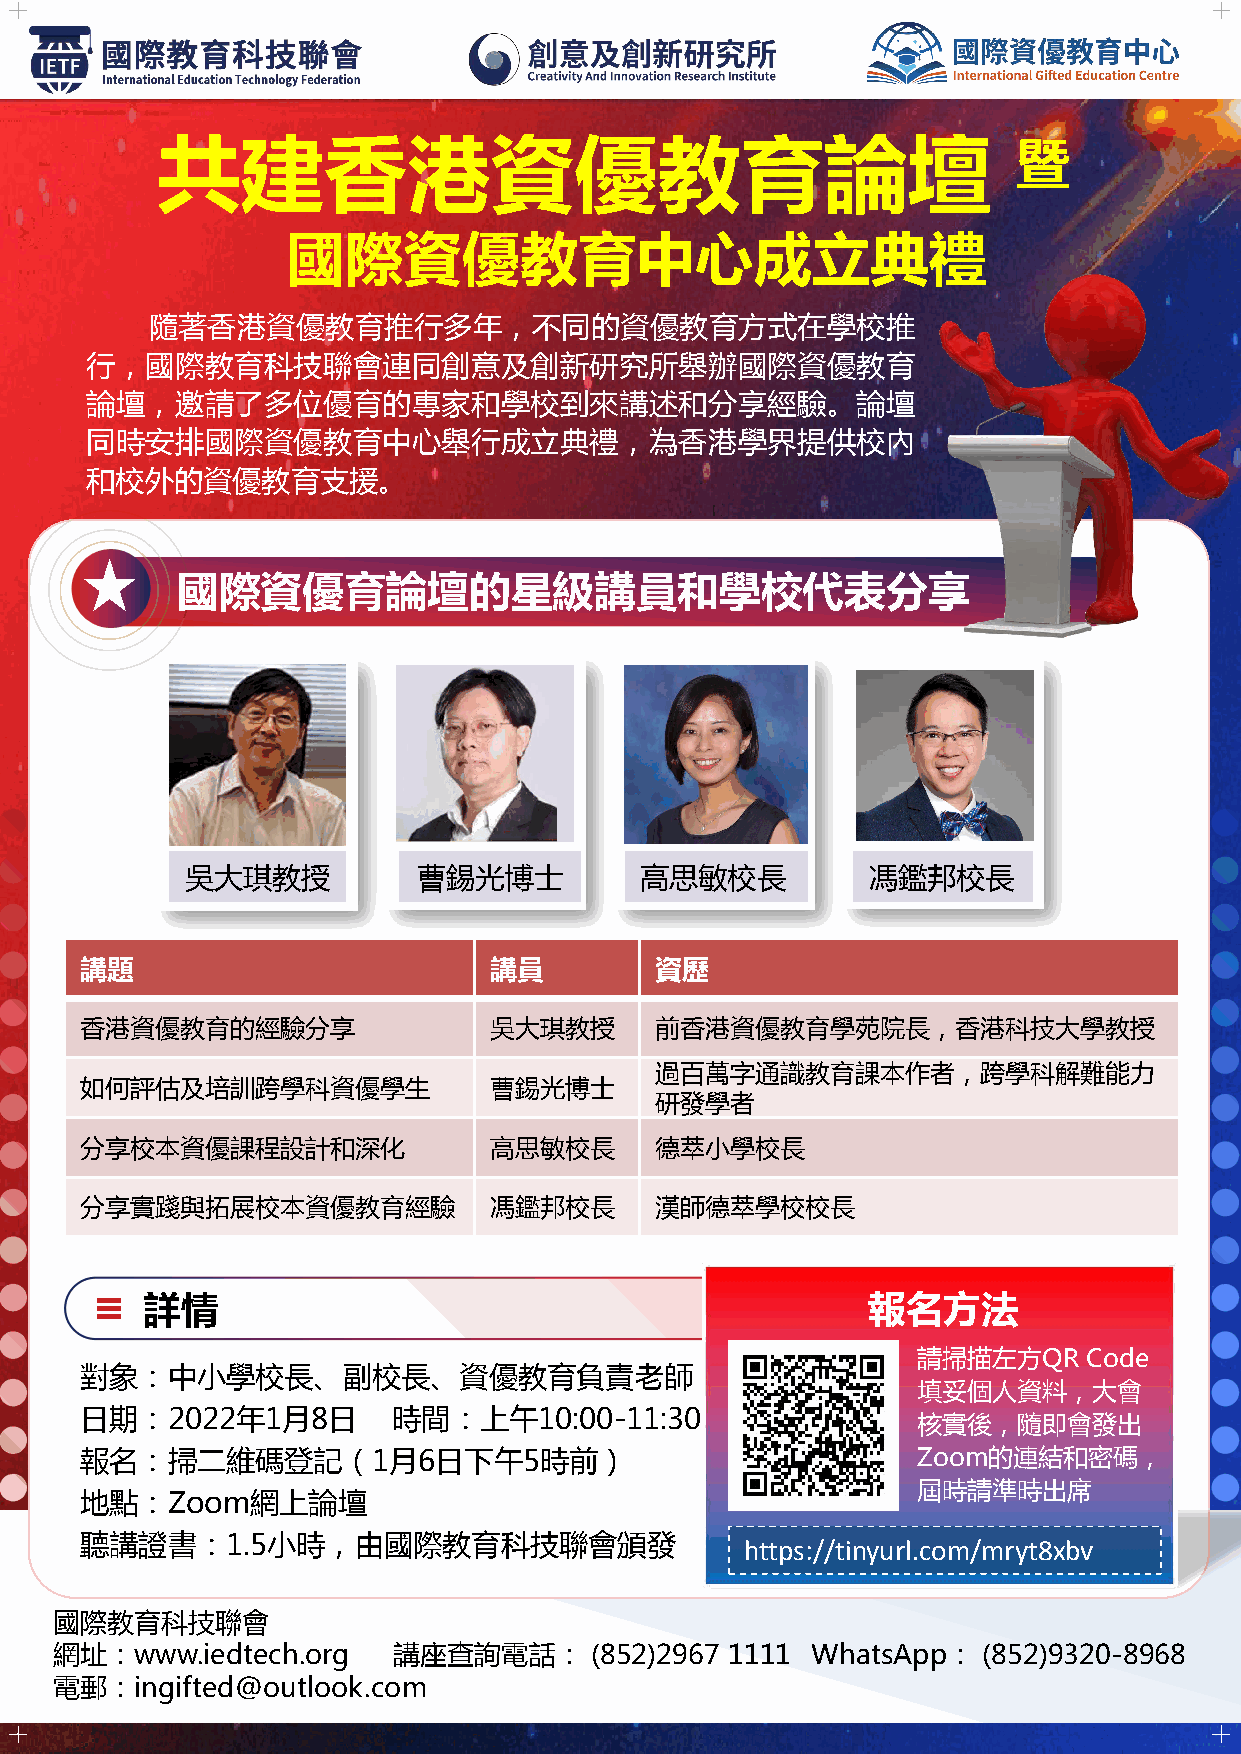
共建香港資優教育論壇                                               暨
 國際資優教育中心成立典禮
 隨著香港資優教育推行多年，不同的資優教育方式在學校推
 行，國際教育科技聯會連同創意及創新研究所舉辦國際資優教育
 論壇，邀請了多位優育的專家和學校到來講述和分享經驗。論壇
 同時安排國際資優教育中心舉行成立典禮，為香港學界提供校內
 和校外的資優教育支援。
 國際資優育論壇的星級講員和學校代表分享
 吳大琪教授           曹錫光博士         高思敏校長          馮鑑邦校長
 講題                         講員         資歷
 香港資優教育的經驗分享                吳大琪教授      前香港資優教育學苑院長，香港科技大學教授
 過百萬字通識教育課本作者，跨學科解難能力
 如何評估及培訓跨學科資優學生             曹錫光博士
 研發學者
 分享校本資優課程設計和深化              高思敏校長      德萃小學校長
 分享實踐與拓展校本資優教育經驗            馮鑑邦校長      漢師德萃學校校長
 詳情                                              報名方法
 請掃描左方QR    Code
 對象：中小學校長、副校長、資優教育負責老師
 填妥個人資料，大會
 日期：2022年1月8日         時間：上午10:00-11:30
 核實後，隨即會發出
 報名：掃二維碼登記（1月6日下午5時前）                                    Zoom的連結和密碼，
 屆時請準時出席
 地點：Zoom網上論壇
 聽講證書：1.5小時，由國際教育科技聯會頒發
 https://tinyurl.com/mryt8xbv
 國際教育科技聯會
 網址：www.iedtech.org     講座查詢電話：      (852)2967 1111 WhatsApp：  (852)9320-8968
 電郵：ingifted@outlook.com